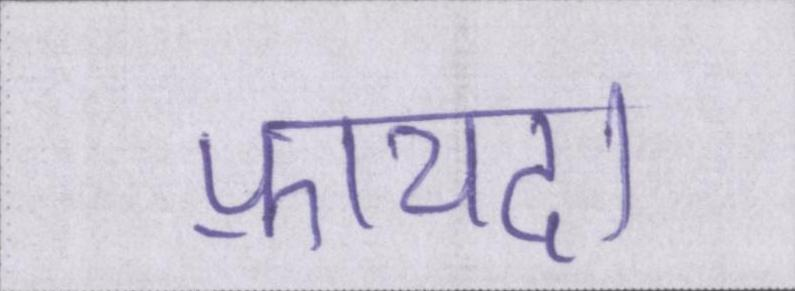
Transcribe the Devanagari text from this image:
फ़ायदा